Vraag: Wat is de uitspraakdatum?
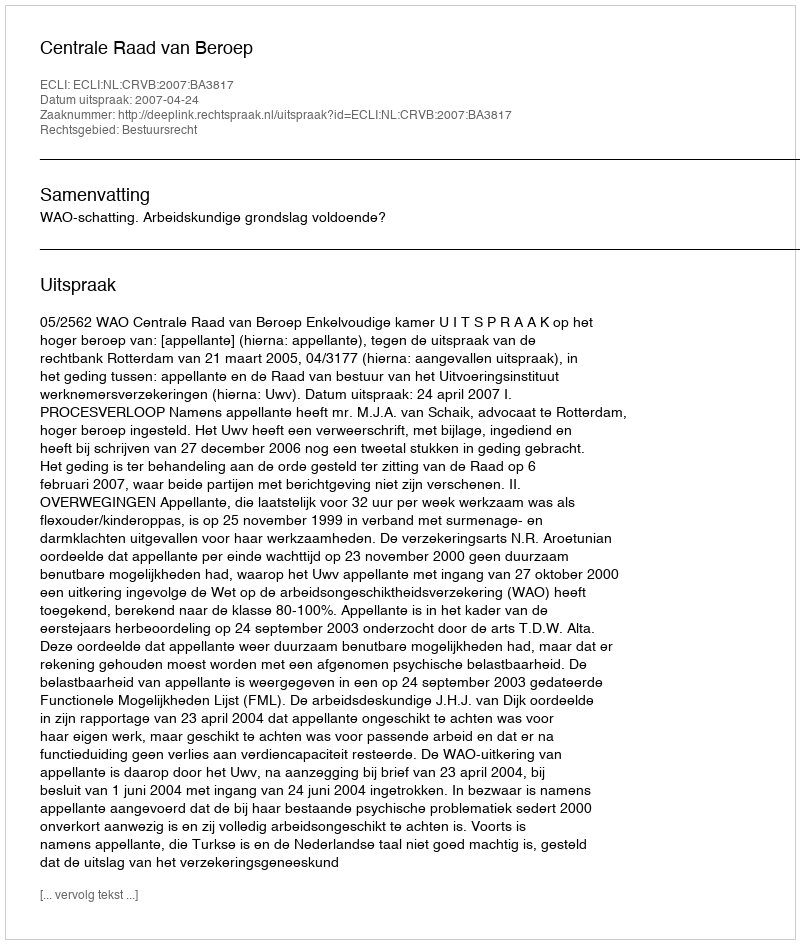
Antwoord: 2007-04-24